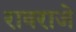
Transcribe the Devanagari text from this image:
रावराजे